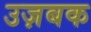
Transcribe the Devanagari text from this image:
उज़बक